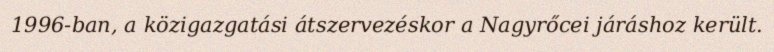
1996-ban, a közigazgatási átszervezéskor a Nagyrőcei járáshoz került.